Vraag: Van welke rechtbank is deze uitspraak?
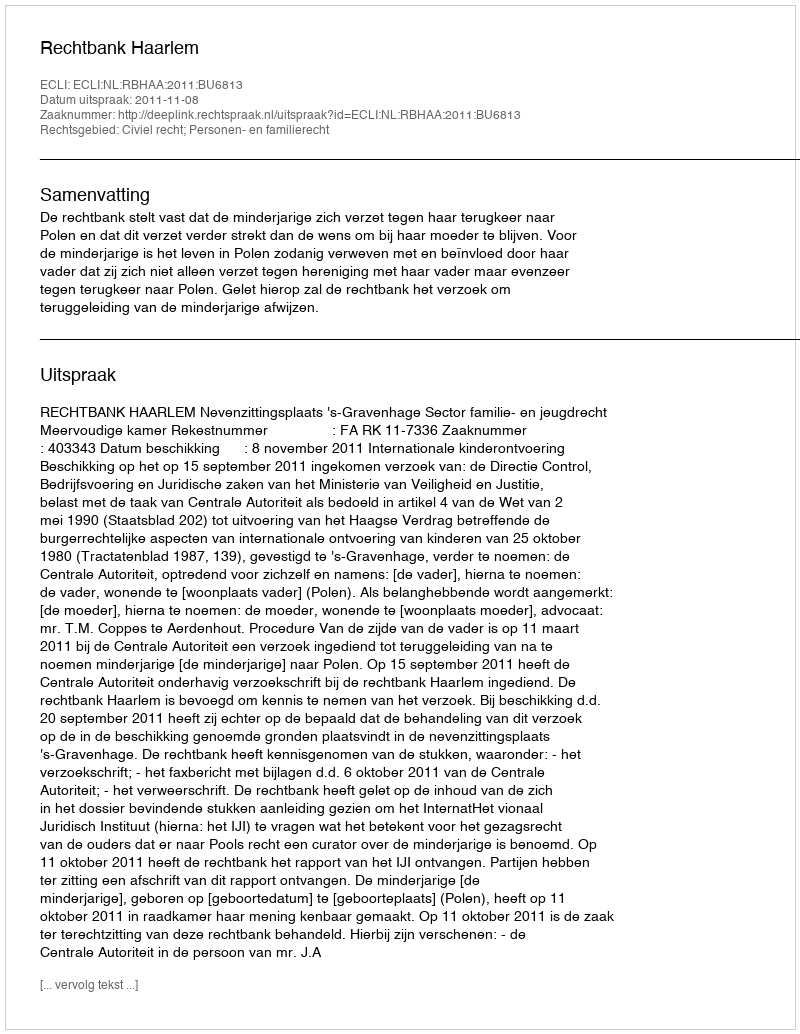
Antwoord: Rechtbank Haarlem